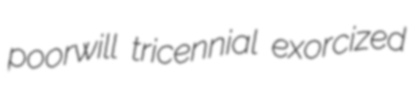
poorwill tricennial exorcized